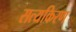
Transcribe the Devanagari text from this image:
सत्यकिरण